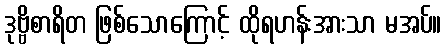
ဒုဗ္ဗိစာရိတ ဖြစ်သောကြောင့် ထိုရဟန်းအားသာ မအပ်။